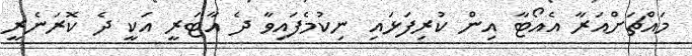
މައްޗަށްއަރާ އެއޯޓާ އިން ކުރިފަޅައި ނިކުމެފައިވާ ދެ އާޓަރީ އަކީ ދެ ކޮރަނެރީ